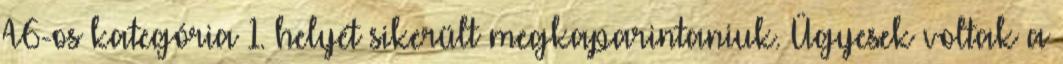
A6-os kategória 1. helyét sikerült megkaparintaniuk. Ügyesek voltak a